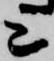
上